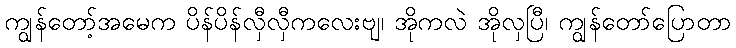
ကျွန်တော့်အမေက ပိန်ပိန်လှီလှီကလေးဗျ၊ အိုကလဲ အိုလှပြီ၊ ကျွန်တော်ပြောတာ